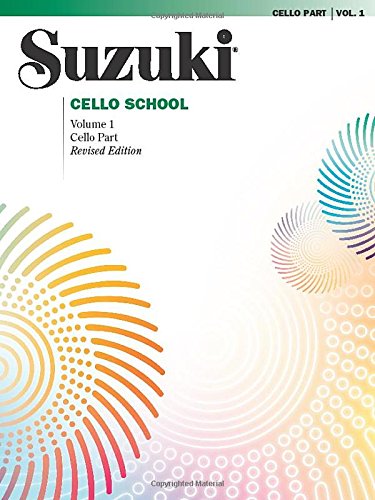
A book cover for Suzuki Cello School, Vol. 1: Cello Part, Revised Edition; Alfred Publishing Staff; Arts & Photography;